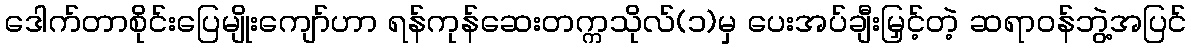
ဒေါက်တာစိုင်းပြေမျိုးကျော်ဟာ ရန်ကုန်ဆေးတက္ကသိုလ်(၁)မှ ပေးအပ်ချီးမြှင့်တဲ့ ဆရာဝန်ဘွဲ့အပြင်